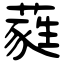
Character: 蕤